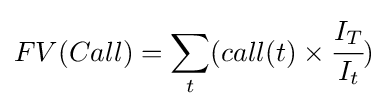
FV(Call)=\sum _{t}(call(t)\times {\cfrac {I_{T}}{I_{t}}})